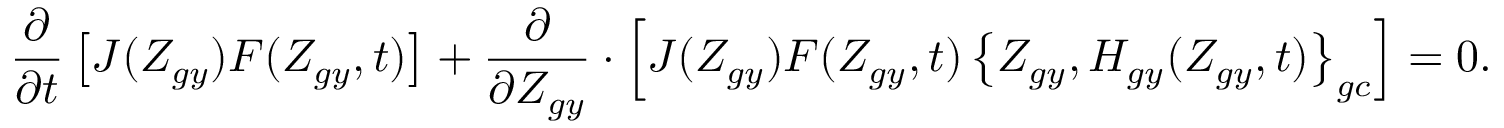
\frac { \partial } { \partial t } \left[ { \cal J } ( Z _ { g y } ) F ( Z _ { g y } , t ) \right] + \frac { \partial } { \partial Z _ { g y } } \boldsymbol { \cdot } \left[ { \cal J } ( Z _ { g y } ) F ( Z _ { g y } , t ) \left\{ Z _ { g y } , H _ { g y } ( Z _ { g y } , t ) \right\} _ { g c } \right] = 0 .